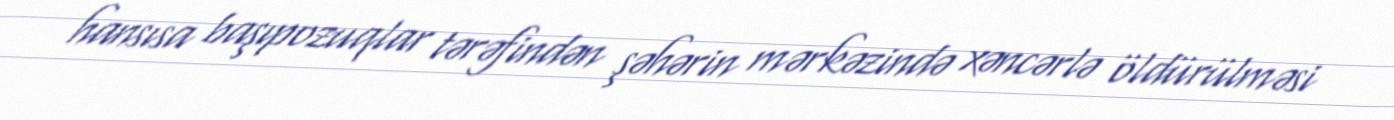
hansısa başıpozuqlar tərəfindən şəhərin mərkəzində xəncərlə öldürülməsi